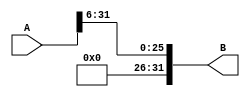
`timescale 1ns / 1ns
//////////////////////////////////////////////////////////////////////////////////
// Company: 
// Engineer: 
// 
// Design Name: 
// Module Name:    DivideBy64 
// Project Name: 
// Target Devices: 
// Tool versions: 
// Description: 
//
// Dependencies: 
//
// Revision: 
// Revision 0.01 - File Created
// Additional Comments: 
//
//////////////////////////////////////////////////////////////////////////////////
module DivideBy64(
	input  [31:0] A , // Input a 32bits number
	output [31:0] B   // Outpus a 32bits number divided by 64
);
	 // Right shift 6 bits
	 assign B = {6'b000000, A[31:6]};
	 // -->> Warning is for not using the 6 low value bits of A 
	 
endmodule